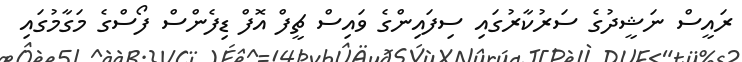
ރައީސް ނަޝީދުގެ ސަރުކާރުގައި ސިފައިންގެ ވައިސް ޗީފް އޮފް ޑިފެންސް ފޯސްގެ މަގާމުގައި